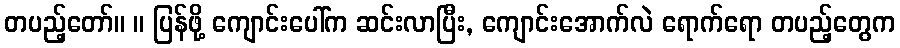
တပည့်တော်။ ။ ပြန်ဖို့ ကျောင်းပေါ်က ဆင်းလာပြီး, ကျောင်းအောက်လဲ ရောက်ရော တပည့်တွေက